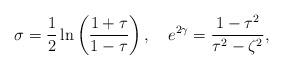
LaTeX: \begin{align*}\sigma=\frac{1}{2}\ln\left(\frac{1+\tau}{1-\tau}\right),\quad e^{2\gamma}=\frac{1-\tau^2}{\tau^2-\zeta^2},\end{align*}